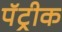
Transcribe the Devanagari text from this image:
पॅट्रीक